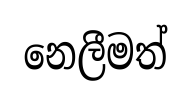
නෙලීමත්